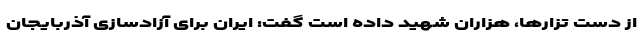
از دست تزارها، هزاران شهید داده است گفت: ایران برای آزادسازی آذربایجان